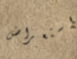
استعراض